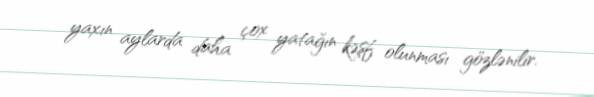
yaxın aylarda daha çox yatağın kəşf olunması gözlənilir.